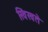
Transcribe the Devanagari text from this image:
खिखते